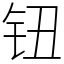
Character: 钮